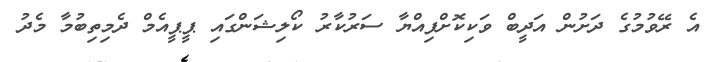
އެ ރޭވުމުގެ ދަށުން އަދީބް ވަކިކޮށްފިއްޔާ ސަރުކާރު ކޯލިޝަންގައި ޕީޕީއެމް ދެމިތިބުމާ މެދު